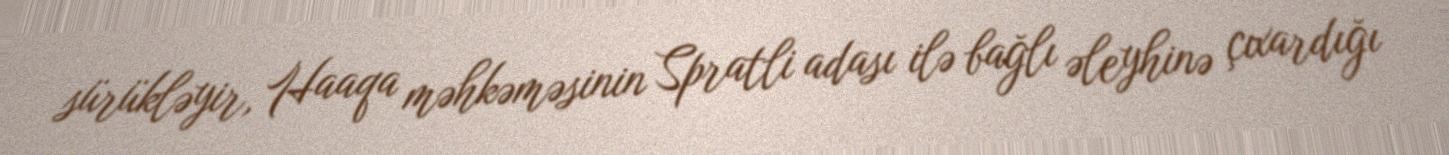
sürükləyir, Haaqa məhkəməsinin Spratli adası ilə bağlı əleyhinə çıxardığı